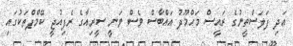
އަދި ފަލަސްތީނުގެ ރައީސް މަހްމޫދު އައްބާސް ވެސް ވަނީ ސީރިއާގެ ރެފިއުޖީ ކޭމްޕްތަކުގައި